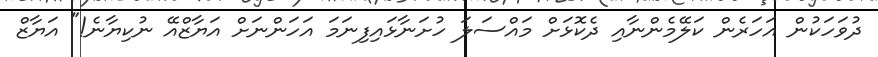
ދުވަހަކުން އަހަރެން ކަލޭމެންނާއި ދެކޮޅަށް މައްސަލަ ހުށަނާޅައިފިނަމަ އަހަންނަށް އަޔާޒްއޭ ނުކިޔާނެ!" އަޔާޒް